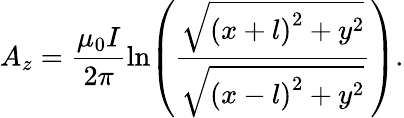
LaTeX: A_{z}=\frac{\mu_{0}I}{2\pi}\ln\! \left(\frac{\sqrt{\left(x+l\right)^{2}+y^{2}}}{\sqrt{\left(x-l\right)^{2}+y^{2}}}\right).